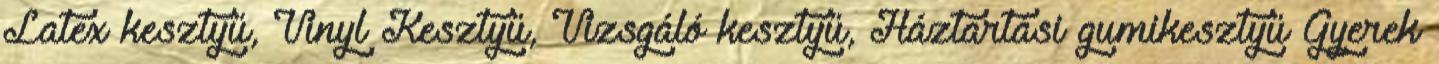
Latex kesztyű, Vinyl Kesztyű, Vizsgáló kesztyű, Háztartási gumikesztyű Gyerek